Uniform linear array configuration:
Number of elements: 16
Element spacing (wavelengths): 1
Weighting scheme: cosine
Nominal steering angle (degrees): -60
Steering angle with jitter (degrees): -59.32
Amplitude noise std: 0.05
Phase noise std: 0.05

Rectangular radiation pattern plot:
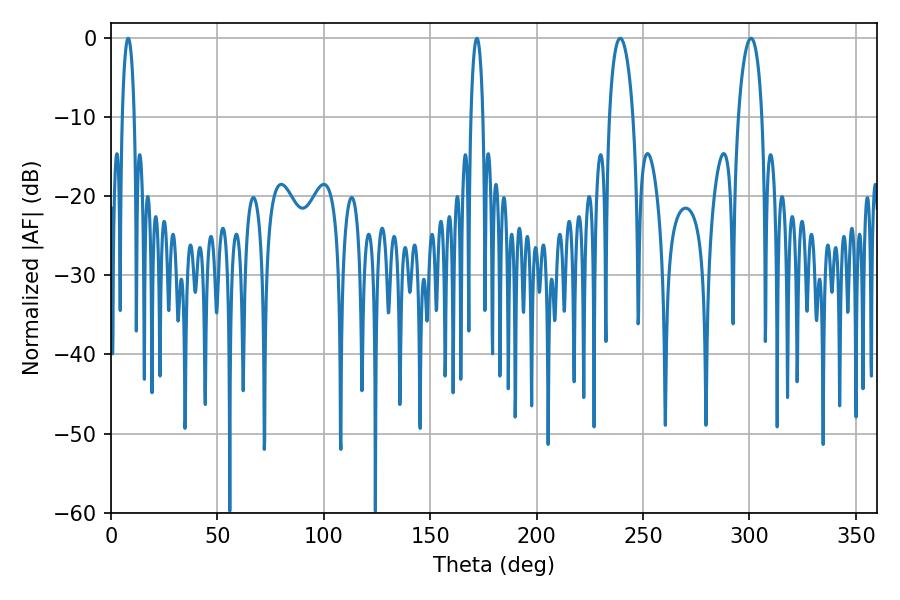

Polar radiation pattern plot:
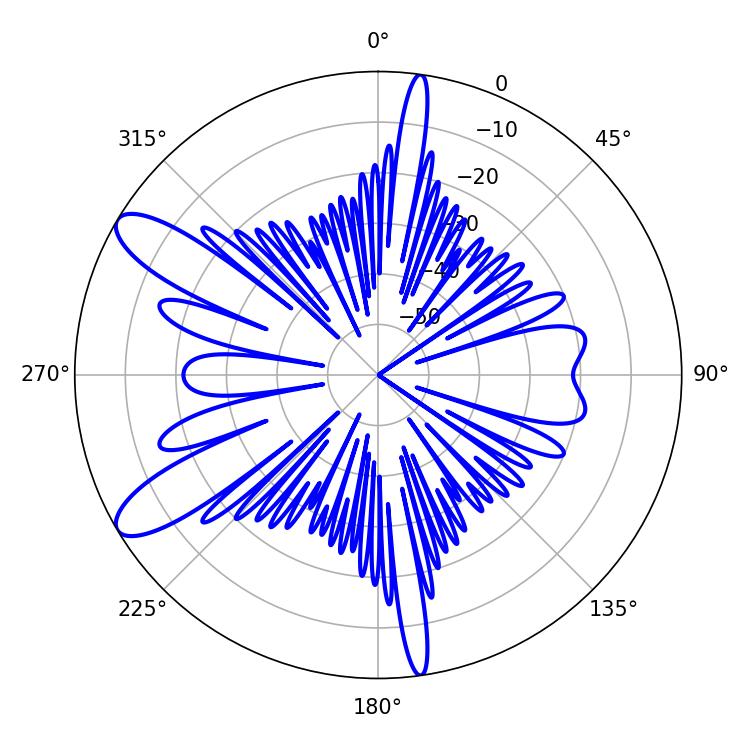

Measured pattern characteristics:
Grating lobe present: TRUE
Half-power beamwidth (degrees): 6.3
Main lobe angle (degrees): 239.22